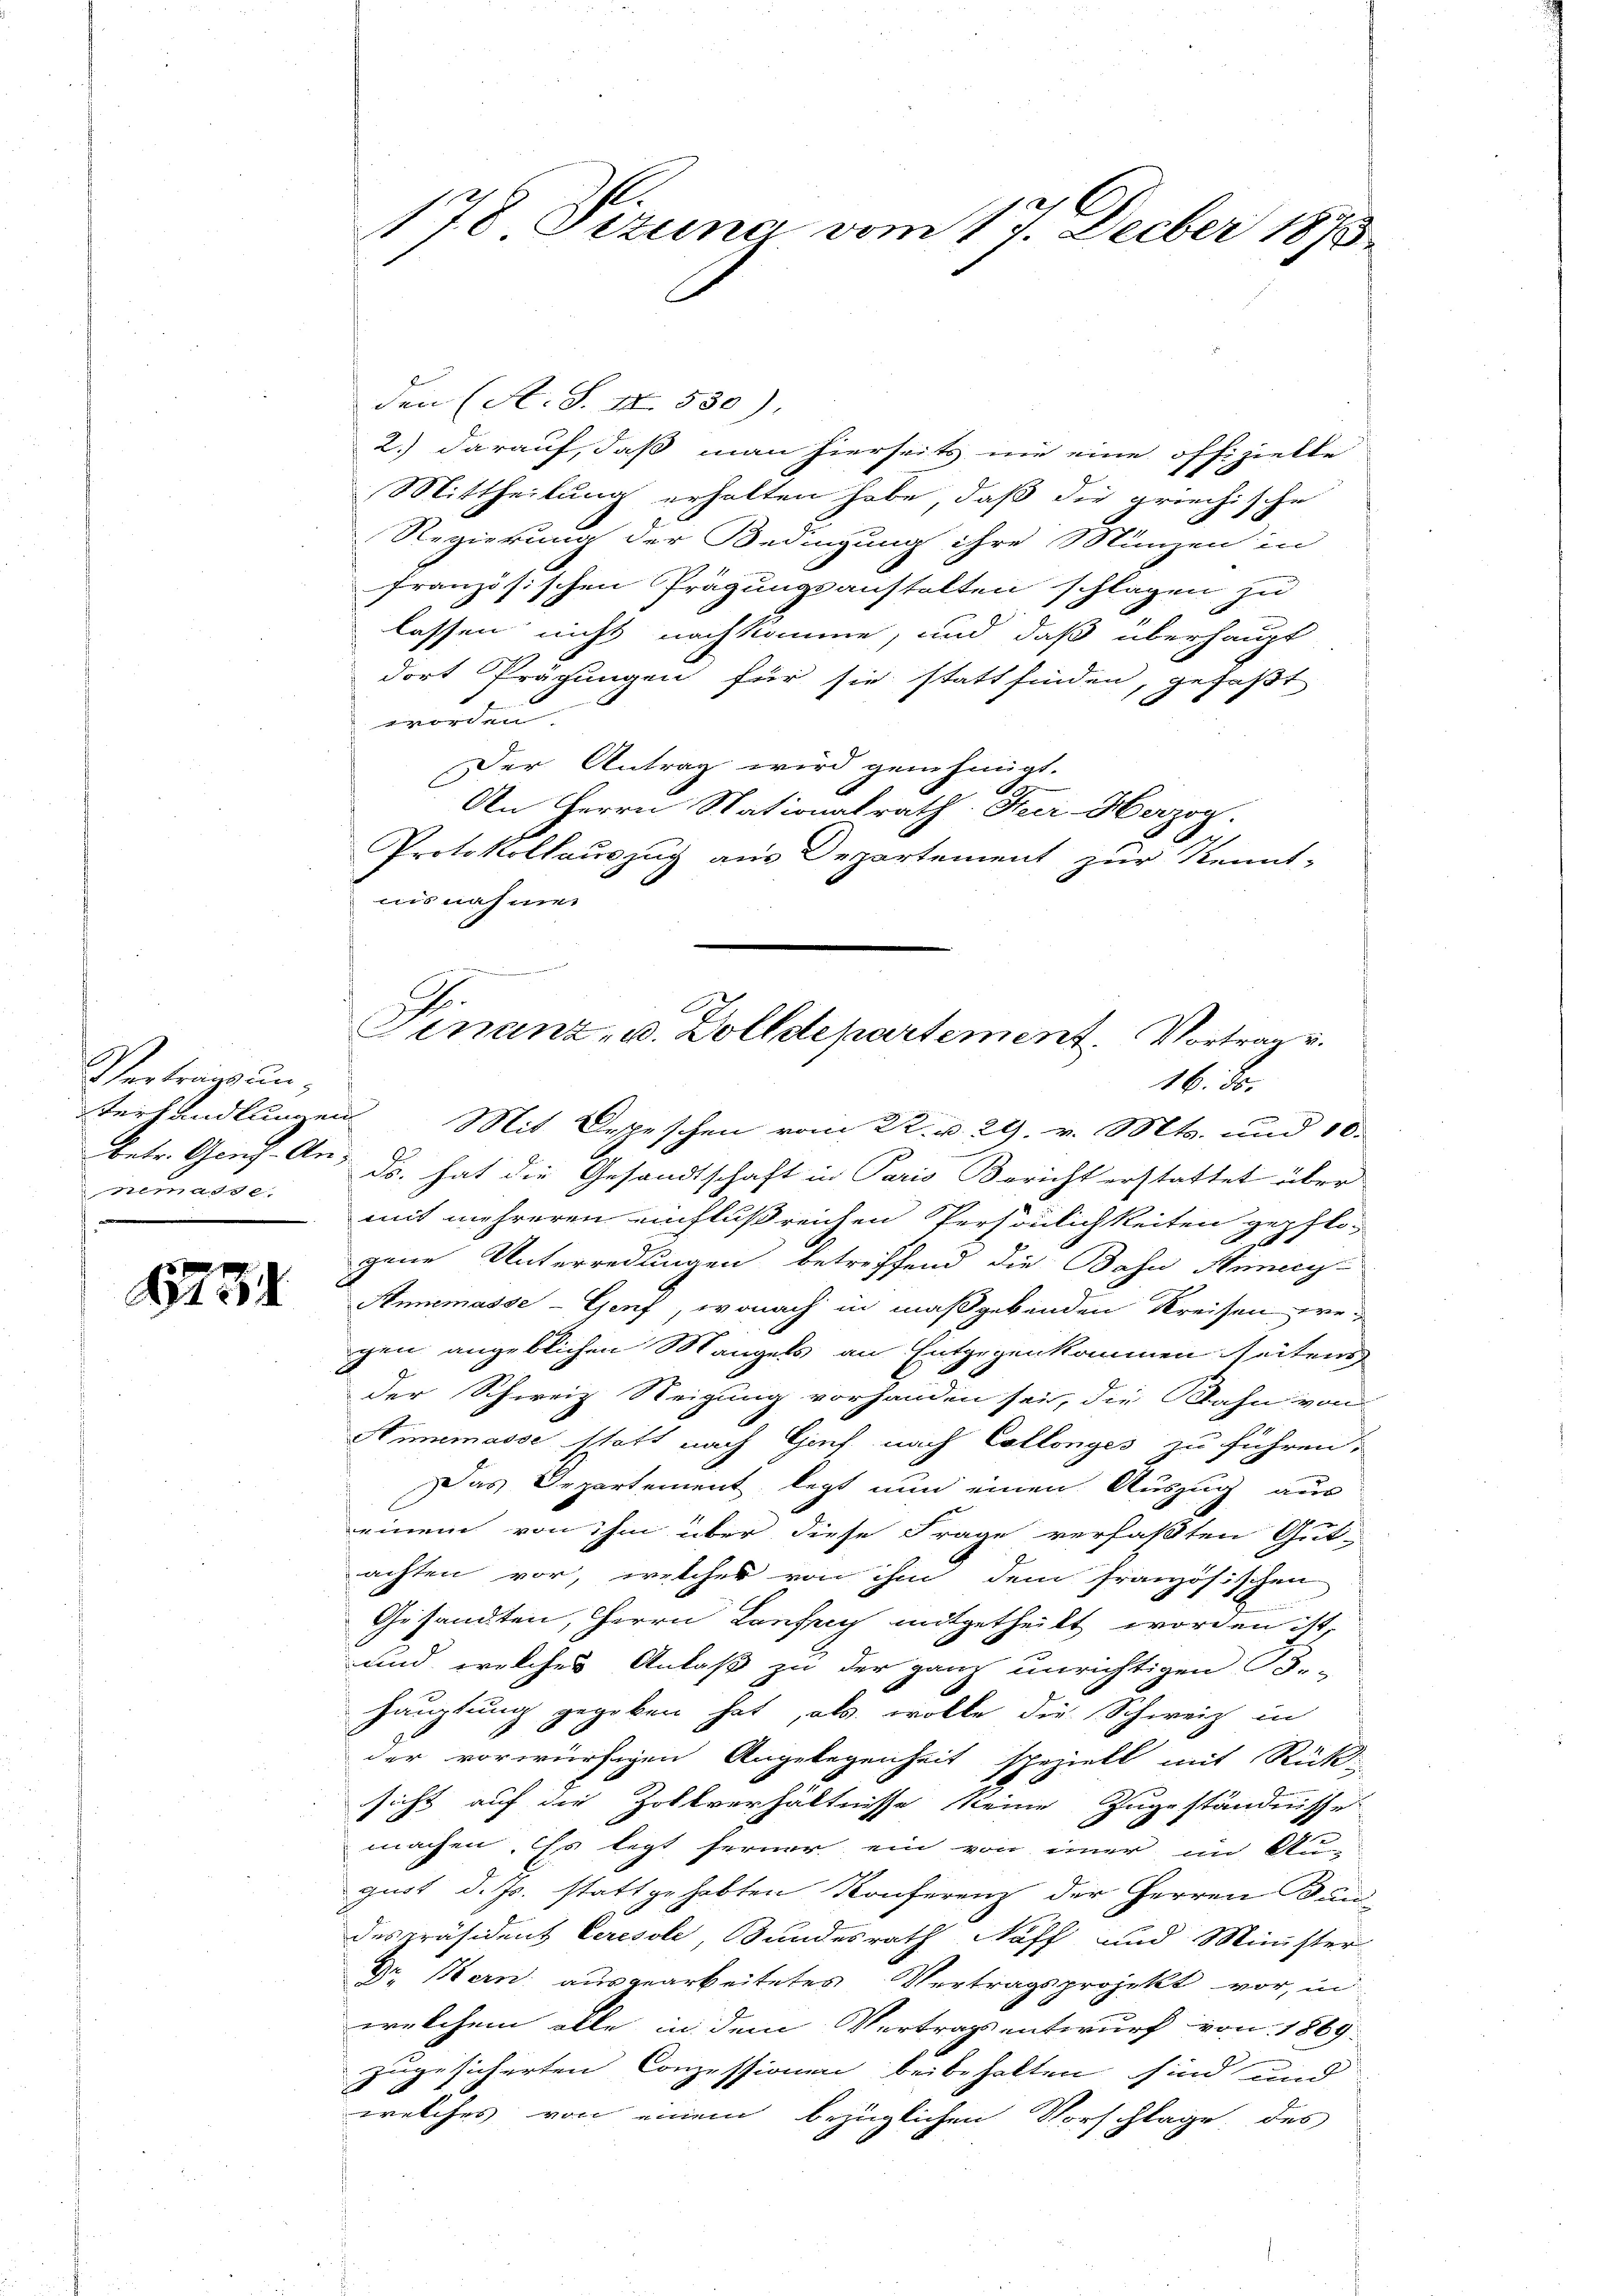
Vertrags unnemasse.

8734

den (A. S. II 580).
2.) darauf, daß man hierseits nie eine offizielte
Mittheilung erhalten habe, daß die griechische
Regierung der Bedingung ihre Münzen in
französischen Prägungsanstalten schlagen zu
lassen nicht nachkomme, und daß überhaupt
dort Prägungen für sie statt finden, gefaßt
worden.
Der Antrag wird genehmigt.
An Herrn Stationalrath. Nur Herzog.
Protokollauszug aus Departement zur Kennt-
nisnahmen

178 Sizung vom 17. Decber 1873

.
Ginanz- u. Dolldepartement. Vortrag u.
16. ds.

Verhandlungen Mit Depeschen vom 22. v. 29. v. Mts. und 10.
betr. Gens-An- ds. hat die Gesandtschaft in Paris Bericht erstattet über
mit mehreren einflußreichen Persönlichkeiten gepflo-
d
gene Unterredungen betreffend die Bahn Heney-
Anmasse-Genf, wonach in maßgebenden Kreisen wegen angeblichen Mangels an Entgegenkommen seiten
der Schweiz Neigung vorhanden sei, die Bahn von
Simemasse schaft nach Hof nach Collonges zu führen.
Das Departement legt nun einen Auszug aus
einem von ihm über diese Frage verfaßten Gut-
achten vor, welches von ihm dem französischen
Gesandten, Herrn Lanfrey mitgetheilt worden ist,
und welches Anlaß zu der ganz unrichtigen Be-
Hauptung gegeben hat, als wolle die Schweiz in
der vorwürfigen Angelegenheit speziell mit Rück-
sicht auf die Zollverhältnisse keine Zugeständnisse
machen. Es legt ferner ein von einer im Au-
guot, d. Js. stattgehabten Konferenz der Herren Dän-
des Präsident Ceresole, Bundesrath Naff und Minister
Dr. Bern ausgearbeitetes Vertragsprojekt vor, in
welchem alle in dem Vertragsentwurf von 1869
zugesicherten Conzessionen beibehalten sind und
x
welches von einem bezüglichen Vorschlage des